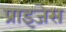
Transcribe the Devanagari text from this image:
प्राइजेस